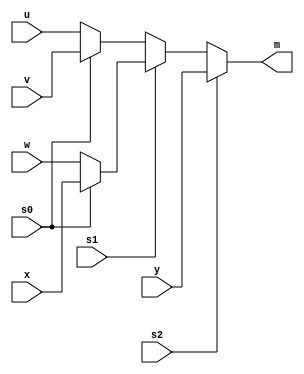
// modiule declaration

// input delclaration

// output declaration

// internal signal

// conbination logic



module vd1 (s2,s1,s0,u,v,w,x,y,m);



input s2,s1,s0,u,v,w,x,y;

output m;

wire a,b,c;



assign a = (s0 == 0) ? u : v;

assign b = (s0 == 0) ? w : x;

assign c = (s1 == 0) ? a : b;

assign m = (s2 == 0) ? c : y;



endmodule